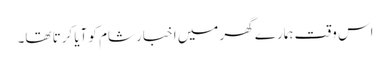
اس وقت ہمارے گھر میں اخبار شام کو آیا کرتا تھا۔